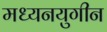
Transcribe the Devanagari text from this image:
मध्यनयुगीन